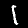
Label: 1